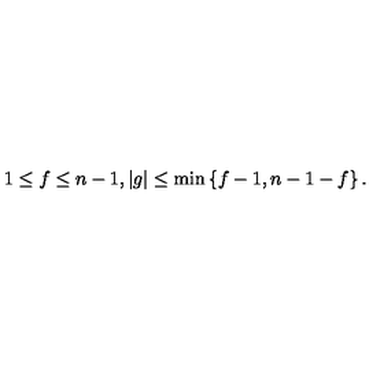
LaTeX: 1 \leq f \leq n - 1 , | g | \leq \min \left\{ f - 1 , n - 1 - f \right\} .